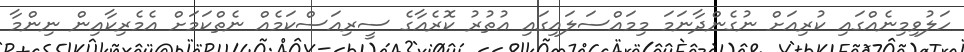
ހަލުވިމިނެއްގައި ކުރިއަށް ނުގެންދާނަމަ މިމައްސަލައިގައި އުތުރު ކޮރެއާގެ ސީރިއަސްކަމެއް ނެތްކަމަށް އެމެރިކާއިން ނިންމާ